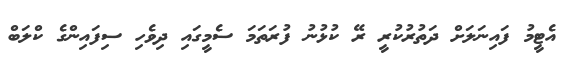
އެޓީމު ފައިނަލަށް ދަތުރުކުރީ ރޭ ކުޅުނު ފުރަތަމަ ސެމީގައި ދިވެހި ސިފައިންގެ ކްލަބް